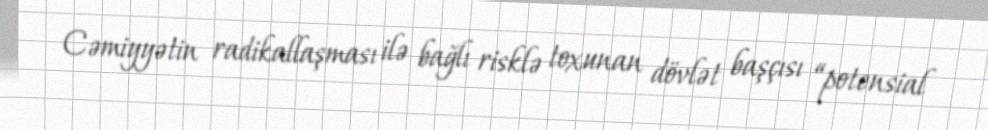
Cəmiyyətin radikallaşması ilə bağlı risklə toxunan dövlət başçısı “potensial